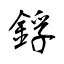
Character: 鋢